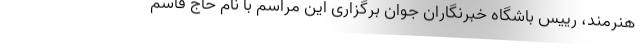
هنرمند، رییس باشگاه خبرنگاران جوان برگزاری این مراسم با نام حاج قاسم